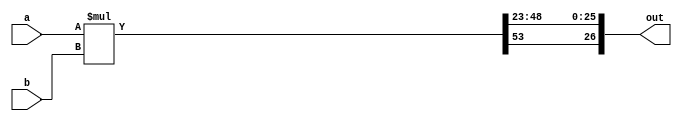

//////////////////////////////////////////////////
//// signed mult of 4.23 format 2'comp////////////
//////////////////////////////////////////////////

module signed_mult (out, a, b);
	output 	signed  [26:0]	out;
	input 	signed	[26:0] 	a;
	input 	signed	[26:0] 	b;
	// intermediate full bit length
	wire 	signed	[53:0]	mult_out;
	assign mult_out = a * b;
	// select bits for 1.17 fixed point
	assign out = {{mult_out[53], mult_out[48:46]}, mult_out[45:23]};
endmodule
//////////////////////////////////////////////////